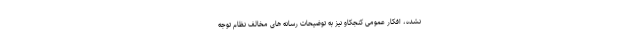
نشده، افکار عمومیِ کنجکاو نیز به توضیحاتِ رسانه های مخالف نظام توجه